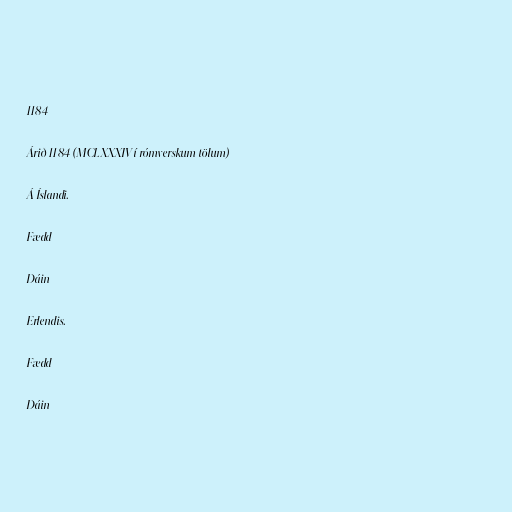
1184

Árið 1184 (MCLXXXIV í rómverskum tölum)

Á Íslandi.

Fædd

Dáin

Erlendis.

Fædd

Dáin